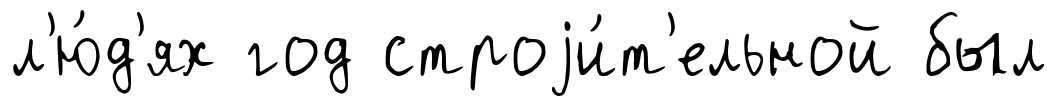
л'ю́д'ях год строjи́т'ельной был